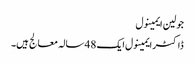
جولین ایمینول
ڈاکٹر ایمینول ایک 48 سالہ معالج ہیں۔